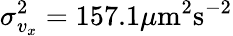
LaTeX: \sigma_{v_{x}}^{2}=157.1\mu\mathrm{m}^{2}\mathrm{s}^{-2}